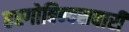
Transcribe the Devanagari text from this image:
हरगोबिन्दसवारी